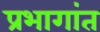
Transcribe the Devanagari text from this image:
प्रभागांत